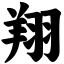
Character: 翔